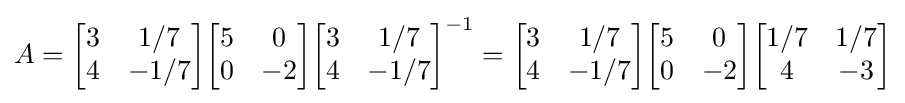
A={\begin{bmatrix}3&1/7\\4&-1/7\end{bmatrix}}{\begin{bmatrix}5&0\\0&-2\end{bmatrix}}{\begin{bmatrix}3&1/7\\4&-1/7\end{bmatrix}}^{-1}={\begin{bmatrix}3&1/7\\4&-1/7\end{bmatrix}}{\begin{bmatrix}5&0\\0&-2\end{bmatrix}}{\begin{bmatrix}1/7&1/7\\4&-3\end{bmatrix}}